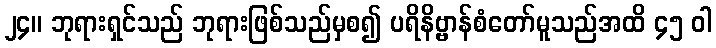
၂၄။ ဘုရားရှင်သည် ဘုရားဖြစ်သည်မှစ၍ ပရိနိဗ္ဗာန်စံတော်မူသည်အထိ ၄၅ ဝါ